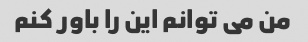
من می توانم این را باور کنم